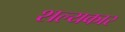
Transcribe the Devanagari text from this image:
शल्यकार